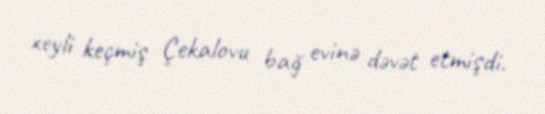
xeyli keçmiş Çekalovu bağ evinə dəvət etmişdi.